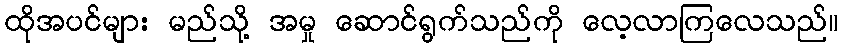
ထိုအပင်များ မည်သို့ အမှု ဆောင်ရွက်သည်ကို လေ့လာကြလေသည်။